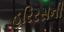
હરિરસની